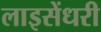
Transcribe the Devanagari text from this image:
लाइसेंधरी